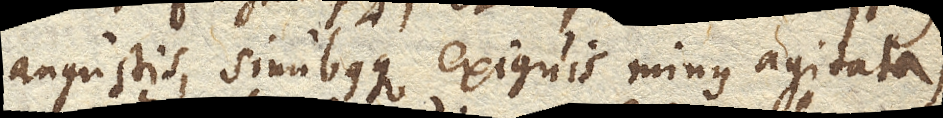
angustis, sinubusque exiguis minus agitata,